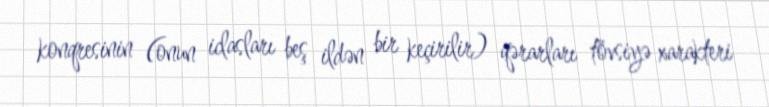
konqresinin (onun iclasları beş ildən bir keçirilir) qərarları tövsiyə xarakteri